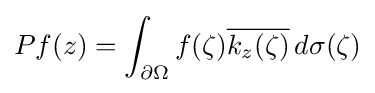
Pf(z)=\int _{\partial \Omega }f(\zeta ){\overline {k_{z}(\zeta )}}\,d\sigma (\zeta )